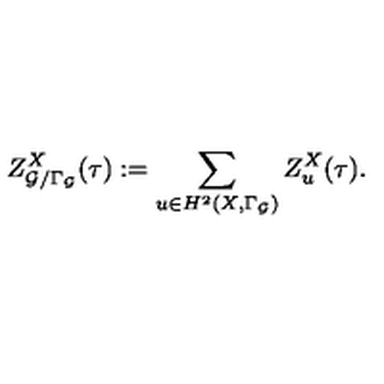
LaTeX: Z _ { { \cal G } / \Gamma _ { \cal G } } ^ { X } ( \tau ) : = \sum _ { u \in H ^ { 2 } ( X , \Gamma _ { \cal G } ) } Z _ { u } ^ { X } ( \tau ) .